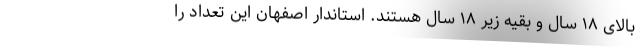
بالای ۱۸ سال و بقیه زیر ۱۸ سال هستند. استاندار اصفهان این تعداد را